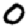
Digit: 0